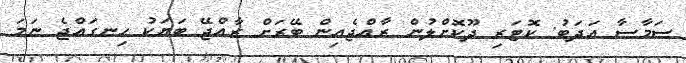
ސަމާސާ އަދަބު: ކޮޓަރި ދޫކޮށްލުން ރާއްޖެއިން ބޭރަށް ރާއްޖޭ ބަޔަކު ހިނގައްޖެ ނަމަ